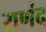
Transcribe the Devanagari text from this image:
राणंद